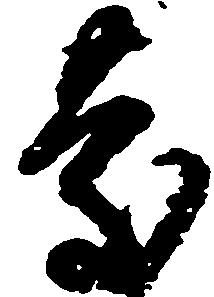
慶